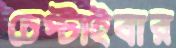
চেপ্‌টাইবার